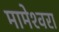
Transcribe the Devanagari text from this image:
मामेश्‍वरा